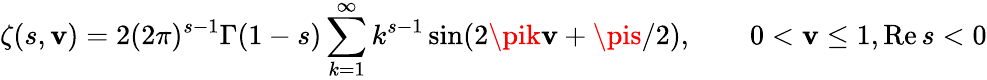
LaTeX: \zeta(s,\mathbf{v})=2(2\pi)^{s-1}\Gamma(1-s)\sum_{k=1}^{\infty}k^{s-1}\sin(2\pik\mathbf{v}+\pis/2),\qquad0<\mathbf{v}\leq1,\mathrm{{Re}}\, s<0